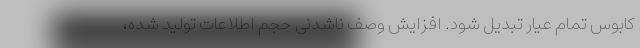
کابوس تمام عیار تبدیل شود. افزایش وصف ناشدنی حجم اطلاعات تولید شده،